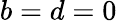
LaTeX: b=d=0